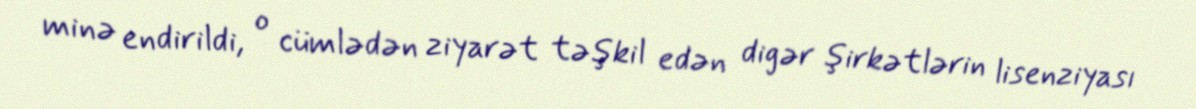
minə endirildi, o cümlədən ziyarət təşkil edən digər şirkətlərin lisenziyası